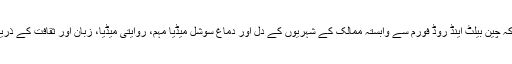
ماہرین کا کہنا ہے کہ چین بیلٹ اینڈ روڈ فورم سے وابستہ ممالک کے شہریوں کے دل اور دماغ سوشل میڈیا مہم، روایتی میڈیا، زبان اور ثقافت کے ذریعے جیتنا چاہتا ہے۔